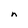
Character: n